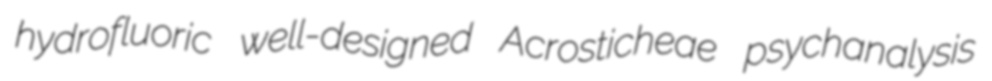
hydrofluoric well-designed Acrosticheae psychanalysis